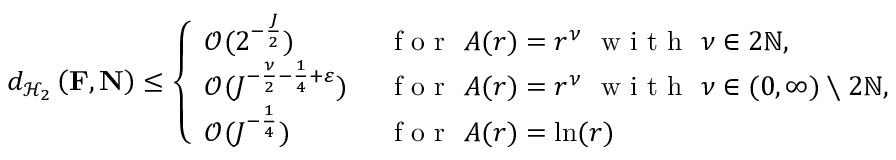
\begin{array} { r } { d _ { \mathcal { H } _ { 2 } } \left( \mathbf { F } , \mathbf { N } \right) \leq \left\{ \begin{array} { l l } { \mathcal { O } ( 2 ^ { - \frac { J } { 2 } } ) } & { \ \textup { f o r } \ A ( r ) = r ^ { \nu } \ \textup { w i t h } \ \nu \in 2 \mathbb { N } , } \\ { \mathcal { O } ( J ^ { - \frac { \nu } { 2 } - \frac { 1 } { 4 } + \varepsilon } ) } & { \ \textup { f o r } \ A ( r ) = r ^ { \nu } \ \textup { w i t h } \ \nu \in ( 0 , \infty ) \setminus 2 \mathbb { N } , } \\ { \mathcal { O } ( J ^ { - \frac { 1 } { 4 } } ) } & { \ \textup { f o r } \ A ( r ) = \ln ( r ) } \end{array} \right. } \end{array}